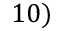
1 0 )